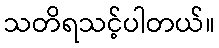
သတိရသင့်ပါတယ်။